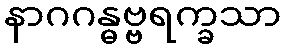
နာဂဂန္ဓဗ္ဗရက္ခသာ